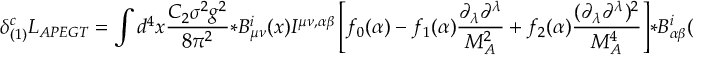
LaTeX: \delta _ { ( 1 ) } ^ { c } { \cal L } _ { A P E G T } = \int d ^ { 4 } x { \frac { C _ { 2 } \sigma ^ { 2 } g ^ { 2 } } { 8 \pi ^ { 2 } } } * B _ { \mu \nu } ^ { i } ( x ) I ^ { \mu \nu , \alpha \beta } \left[ f _ { 0 } ( \alpha ) - f _ { 1 } ( \alpha ) { \frac { \partial _ { \lambda } \partial ^ { \lambda } } { M _ { A } ^ { 2 } } } + f _ { 2 } ( \alpha ) { \frac { ( \partial _ { \lambda } \partial ^ { \lambda } ) ^ { 2 } } { M _ { A } ^ { 4 } } } \right] * B _ { \alpha \beta } ^ { i } ( x ) .